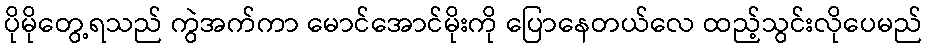
ပိုမိုတွေ့ရသည် ကွဲအက်ကာ မောင်အောင်မိုးကို ပြောနေတယ်လေ ထည့်သွင်းလိုပေမည်